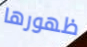
ظهورها